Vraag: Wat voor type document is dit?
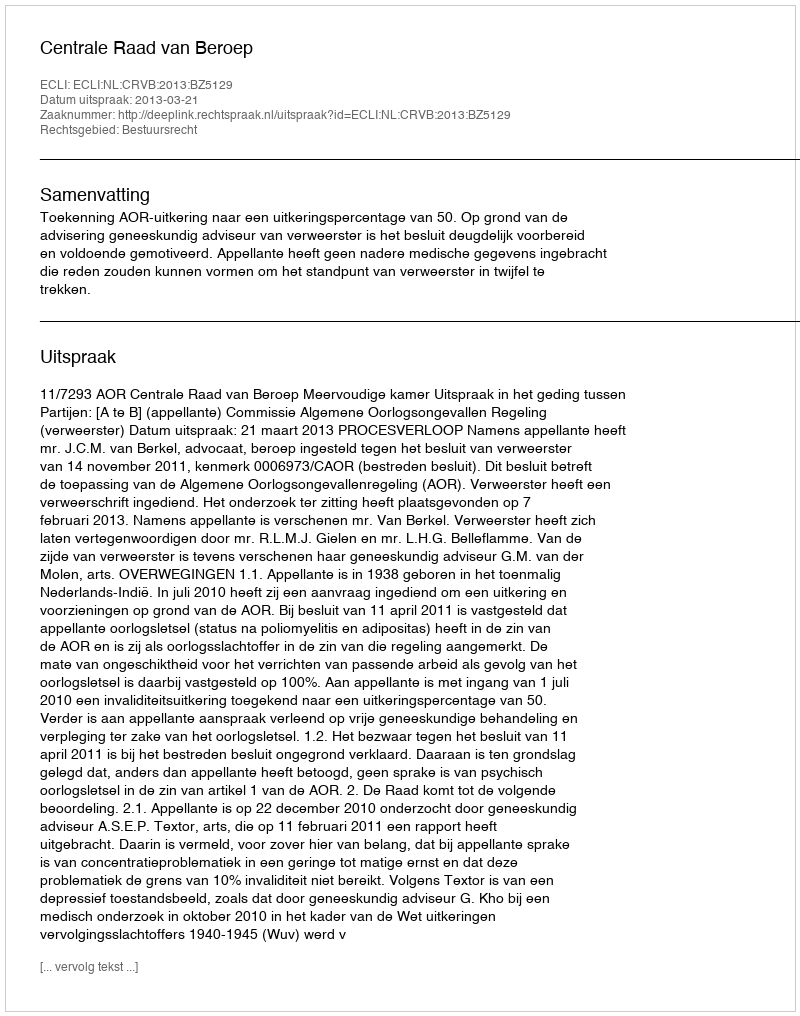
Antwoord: Uitspraak